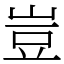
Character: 豈